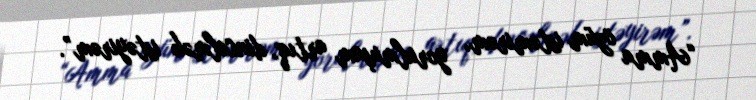
“Amma özüm istəmirəm, yorulmuşam artıq, dincəlmək istəyirəm”.